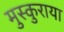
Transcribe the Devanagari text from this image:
मुस्कुराया